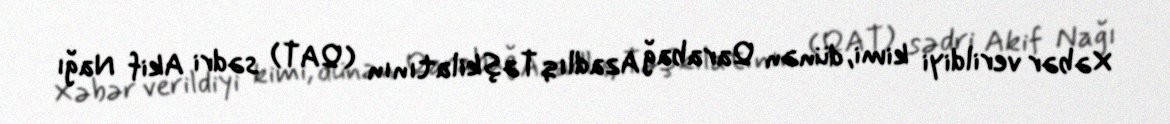
Xəbər verildiyi kimi, dünən Qarabağ Azadlıq Təşkilatının (QAT) sədri Akif Nağı